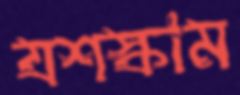
যশস্কাম